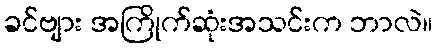
ခင်ဗျား အကြိုက်ဆုံးအသင်းက ဘာလဲ။